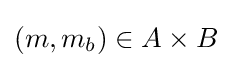
(m,m_{b})\in A\times B